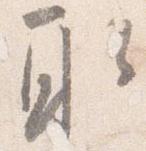
取